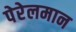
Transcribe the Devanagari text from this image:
पेरेलमान